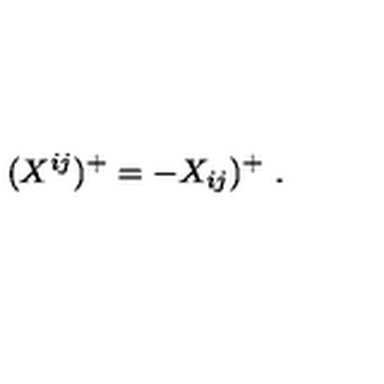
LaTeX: ( X ^ { i j } ) ^ { + } = - X _ { i j } ) ^ { + } \ .